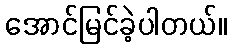
အောင်မြင်ခဲ့ပါတယ်။